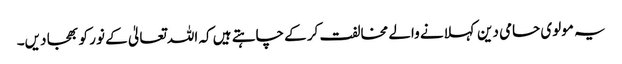
یہ مولوی حامی دین کہلانے والے مخالفت کر کے چاہتے ہیں کہ اللہ تعالیٰ کے نور کو بھجا دیں۔